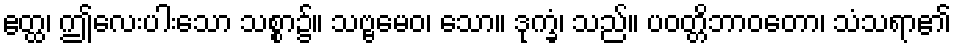
ဧတ္ထ၊ ဤလေးပါးသော သစ္စာ၌။ သဗ္ဗမေဝ၊ သော။ ဒုက္ခံ၊ သည်။ ပဝတ္တိဘာဝတော၊ သံသရာ၏